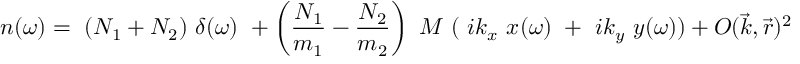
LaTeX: n ( \omega ) = ~ ( N _ { 1 } + N _ { 2 } ) ~ \delta ( \omega ) ~ + \left( \frac { N _ { 1 } } { m _ { 1 } } - \frac { N _ { 2 } } { m _ { 2 } } \right) ~ M ~ ( ~ i k _ { x } ~ x ( \omega ) ~ + ~ i k _ { y } ~ y ( \omega ) ) + O ( \vec { k } , \vec { r } ) ^ { 2 }